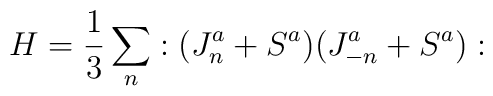
H = \frac{1}{3} \sum_{n} :(J^{a}_{n} + S^{a})(J^{a}_{-n} + S^{a}):